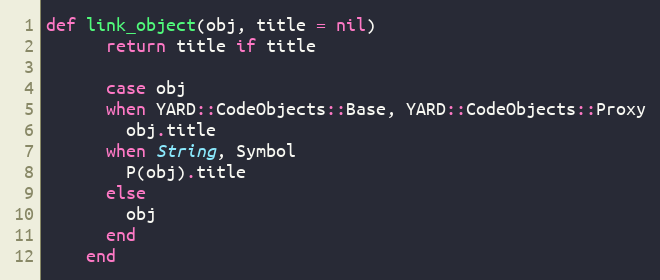
Language: Ruby
def link_object(obj, title = nil)
      return title if title

      case obj
      when YARD::CodeObjects::Base, YARD::CodeObjects::Proxy
        obj.title
      when String, Symbol
        P(obj).title
      else
        obj
      end
    end